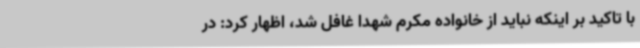
با تاکید بر اینکه نباید از خانواده مکرم شهدا غافل شد، اظهار کرد: در